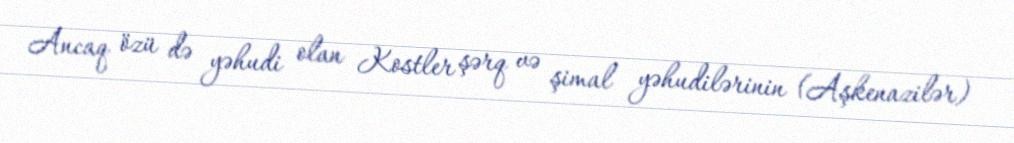
Ancaq özü də yəhudi olan Kostler şərq və şimal yəhudilərinin (Aşkenazilər)